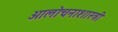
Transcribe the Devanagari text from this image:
आलोचनाशास्त्री